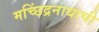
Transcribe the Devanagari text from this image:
मच्छिंद्रनाथाची